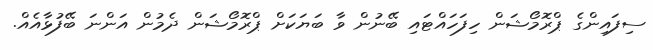
ސިފައިންގެ ޕްރޮމޯޝަން ހިފަހައްޓައި ބޭނުން ވާ ބަޔަކަށް ޕްރޮމޯޝަން ދެމުން އަންނަ ބޭފުޅާއެއް.